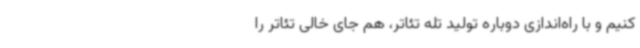
کنیم و با راه‌اندازی دوباره تولید تله تئاتر، هم جای خالی تئاتر را